Vaccination United Provinces of Agra and Oudh 1902-1913 - 1902-1913
Year: 1902
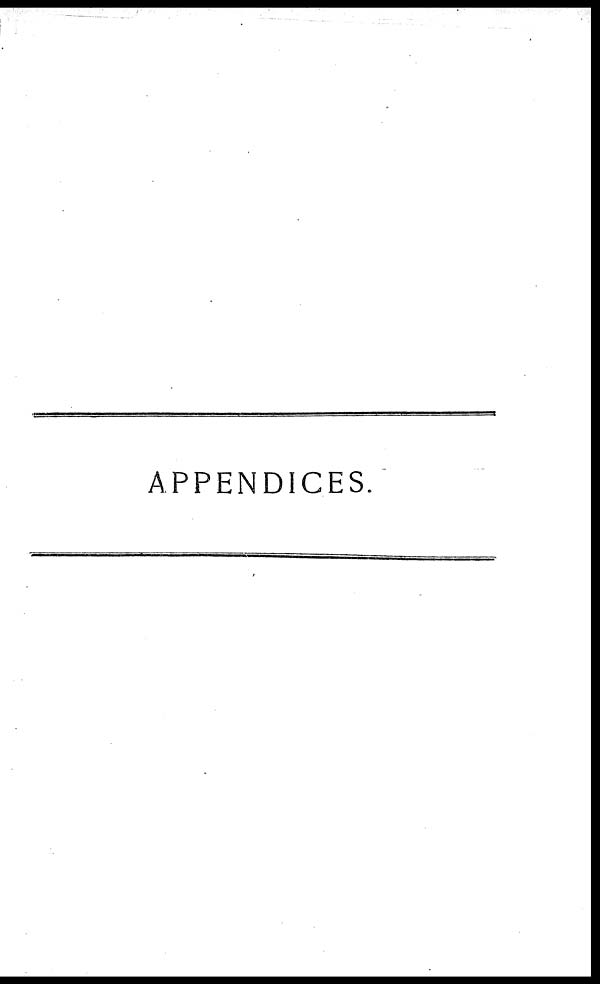
APPENDICES.